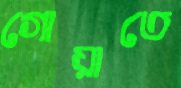
গোয়াতে